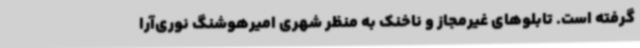
گرفته است. تابلوهای غیرمجاز و ناخنک به منظر شهری امیرهوشنگ نوری‌آرا